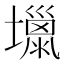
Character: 𡒏